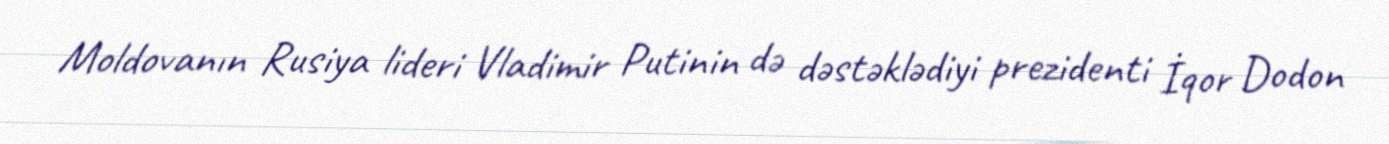
Moldovanın Rusiya lideri Vladimir Putinin də dəstəklədiyi prezidenti İqor Dodon